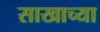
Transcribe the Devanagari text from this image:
साखाच्या